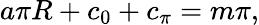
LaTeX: a\pi R+c_{0}+c_{\pi}=m\pi,